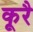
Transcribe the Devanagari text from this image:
कूरै